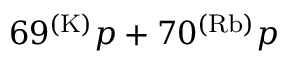
6 9 ^ { ( \mathrm { K ) } } p + 7 0 ^ { ( \mathrm { R b ) } } p